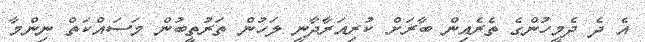
އެ ދެ ދެމީހުންގެ ތެރެއިން ބާރަށް ކުރިއަރާދާނީ ލަހުން ތަރުތީބުން މަސައްކަތް ނިންމާ